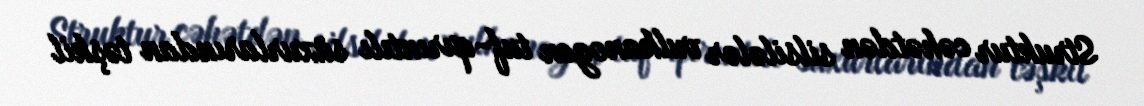
Struktur cəhətdən silsilələr vulkanogen tuf-qırıntılı süxurlarından təşkil